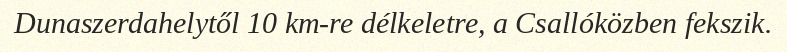
Dunaszerdahelytől 10 km-re délkeletre, a Csallóközben fekszik.